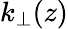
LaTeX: k_{\perp}(z)